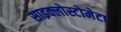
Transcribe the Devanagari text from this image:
साइक्लोस्टोमेटा